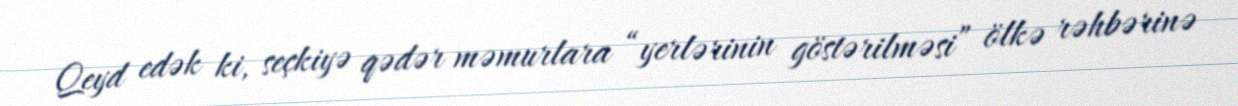
Qeyd edək ki, seçkiyə qədər məmurlara “yerlərinin göstərilməsi” ölkə rəhbərinə